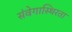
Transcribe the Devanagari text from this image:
संवेगास्थिरता